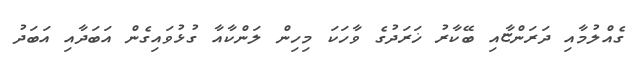
ގެއްލުމާއި ދަރަންޏާއި ބޭކާރު ޚަރަދުގެ ވާހަކަ މިހިން ލަންކާއާ ގުޅުވައިގެން އަބަދާއި އަބަދު